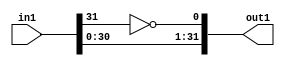
`timescale 1ps / 1ps
/*****************************************************************************
    Verilog RTL Description
    
    
    Created by: CellMath Designer 2019.1.01 
*******************************************************************************/

module DFT_compute_entirecomputation_alt7_0 (
	in1,
	out1
	); /* architecture "behavioural" */ 
input [31:0] in1;
output [31:0] out1;
wire  asc007;
wire [31:0] asc008;

assign asc007 = 
	((~in1[31]));

assign asc008 = {in1[30:0],asc007};

assign out1 = asc008;
endmodule

/* CADENCE  ubLyQgs= : u9/ySgnWtBlWxVPRXgAZ4Og= ** DO NOT EDIT THIS LINE ******/